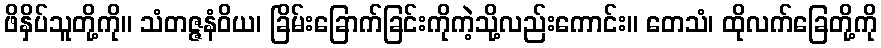
ဖိနှိပ်သူတို့ကို။ သံတဇ္ဇနံဝိယ၊ ခြိမ်းခြောက်ခြင်းကိုကဲ့သို့လည်းကောင်း။ တေသံ၊ ထိုလက်ခြေတို့ကို